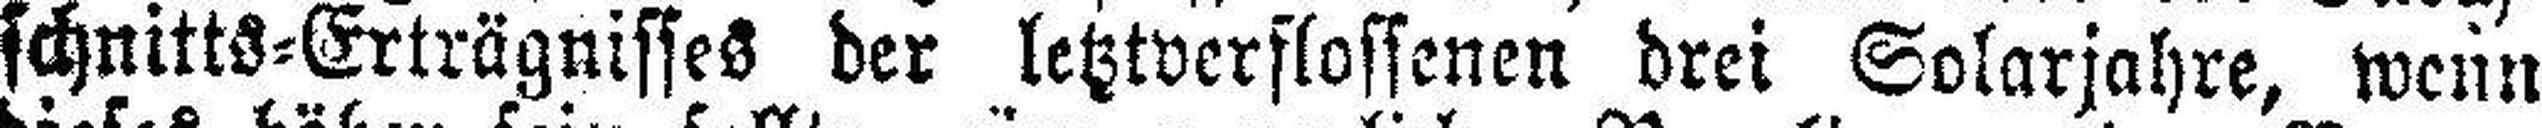
schnitts=Erträgnisses der letztverflossenen drei Solarjahre, wenn